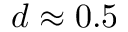
d \approx 0 . 5